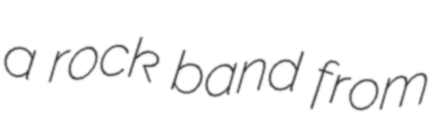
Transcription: a rock band from